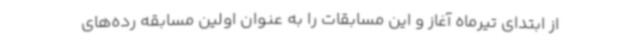
از ابتدای تیرماه آغاز و این مسابقات را به عنوان اولین مسابقه رده‌های